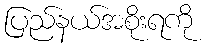
ပြည်နယ်အစိုးရကို